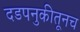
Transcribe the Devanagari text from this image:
दडपनुकीतूनच